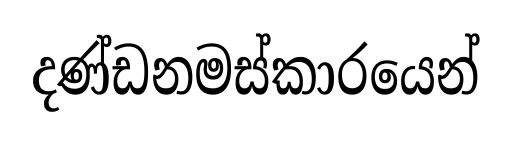
දණ්ඩනමස්කාරයෙන්